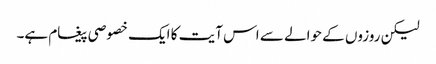
لیکن روزوں کے حوالے سے اس آیت کا ایک خصوصی پیغام ہے۔